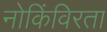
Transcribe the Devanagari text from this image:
नोकिंविरता